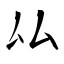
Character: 厸